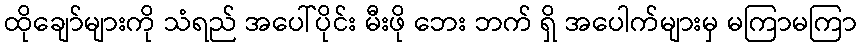
ထိုချော်များကို သံရည် အပေါ်ပိုင်း မီးဖို ဘေး ဘက် ရှိ အပေါက်များမှ မကြာမကြာ